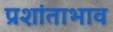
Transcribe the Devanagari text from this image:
प्रशांताभाव